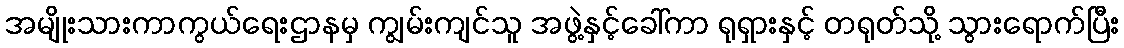
အမျိုးသားကာကွယ်ရေးဌာနမှ ကျွမ်းကျင်သူ အဖွဲ့နှင့်ခေါ်ကာ ရုရှားနှင့် တရုတ်သို့ သွားရောက်ပြီး